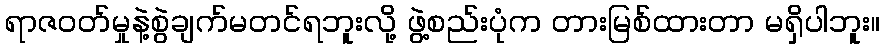
ရာဇဝတ်မှုနဲ့စွဲချက်မတင်ရဘူးလို့ ဖွဲ့စည်းပုံက တားမြစ်ထားတာ မရှိပါဘူး။